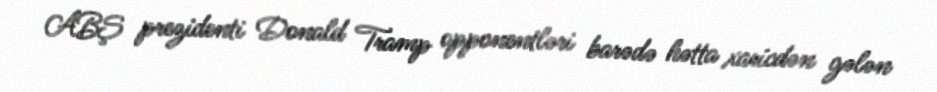
ABŞ prezidenti Donald Tramp opponentləri barədə hətta xaricdən gələn